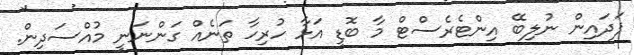
ފަދައިން ނުލިބޭ އިންޓެރެސްޓް މާ ބޮޑީ އަޅާ ހުރިހާ ތަނެއް ގަންނަނީ މުއްސަދިން.